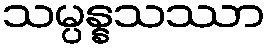
သမ္ပန္နသဿာ